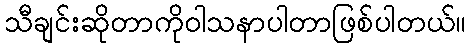
သီချင်းဆိုတာကိုဝါသနာပါတာဖြစ်ပါတယ်။